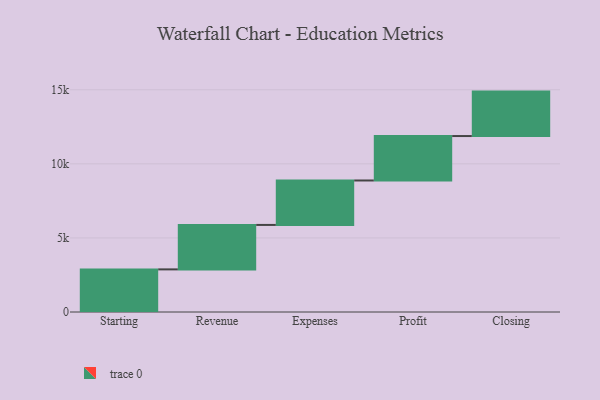
{"axis": {"x": "Step", "y": "Value"}, "legend": [""], "data": [{"x": "Starting", "y": 2877.0, "type": ""}, {"x": "Revenue", "y": 3000, "type": ""}, {"x": "Expenses", "y": 3000, "type": ""}, {"x": "Profit", "y": 3000, "type": ""}, {"x": "Closing", "y": 3000, "type": ""}]}